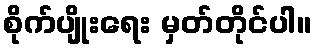
စိုက်ပျိုးရေး မှတ်တိုင်ပါ။